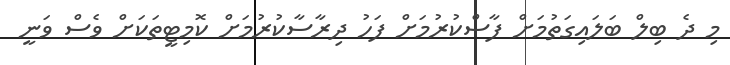
މި ދެ ބިލް ބަލައިގަތުމަށް ފާސްކުރުމަށް ފަހު ދިރާސާކުރުމަށް ކޮމިޓީތަކަށް ވެސް ވަނީ